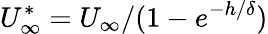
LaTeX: U_{\infty}^{*}=U_{\infty}/(1-e^{-h/\delta})